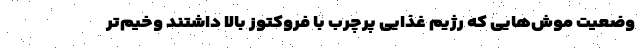
وضعیت موش‌هایی که رژیم غذایی پرچرب با فروکتوز بالا داشتند وخیم‌تر